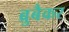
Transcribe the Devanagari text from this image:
ब्रुबैकर